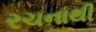
રચનાથી